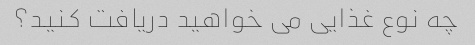
چه نوع غذایی می خواهید دریافت کنید؟